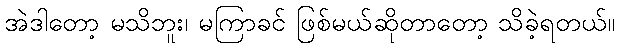
အဲဒါတော့ မသိဘူး၊ မကြာခင် ဖြစ်မယ်ဆိုတာတော့ သိခဲ့ရတယ်။